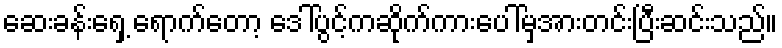
ဆေးခန်းရှေ့ ရောက်တော့ ဒေါ်ပွင့်ကဆိုက်ကားပေါ်မှအားတင်းပြီးဆင်းသည်။